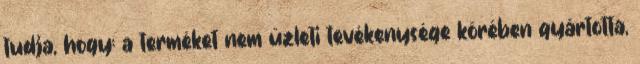
tudja, hogy: a terméket nem üzleti tevékenysége körében gyártotta,